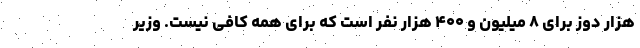
هزار دوز برای ۸ میلیون و ۴۰۰ هزار نفر است که برای همه کافی نیست. وزیر